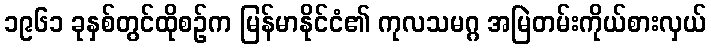
၁၉၆၁ ခုနှစ်တွင်ထိုစဉ်က မြန်မာနိုင်ငံ၏ ကုလသမဂ္ဂ အမြဲတမ်းကိုယ်စားလှယ်